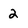
Character: 2